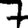
Digit: 7